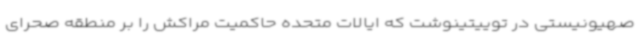
صهیونیستی در توییتینوشت که ایالات متحده حاکمیت مراکش را بر منطقه صحرای